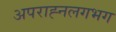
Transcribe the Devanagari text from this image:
अपराह्नलगभग